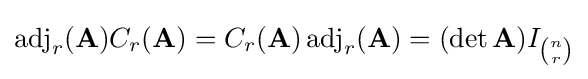
\operatorname {adj} _{r}(\mathbf {A} )C_{r}(\mathbf {A} )=C_{r}(\mathbf {A} )\operatorname {adj} _{r}(\mathbf {A} )=(\det \mathbf {A} )I_{\binom {n}{r}}